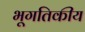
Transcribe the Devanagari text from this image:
भूगतिकीय